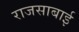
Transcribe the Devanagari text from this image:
राजसाबाई